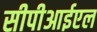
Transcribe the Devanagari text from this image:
सीपीआईएल